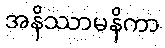
အနိဿာမနိကာ